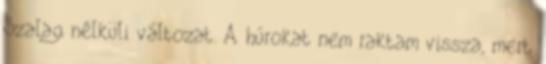
Szalag nélküli változat. A húrokat nem raktam vissza, mert